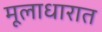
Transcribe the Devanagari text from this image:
मूलाधारात